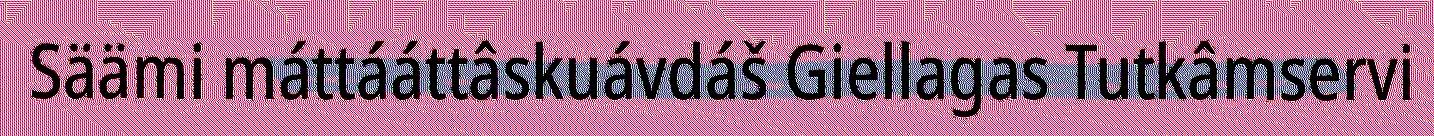
Säämi máttááttâskuávdáš Giellagas Tutkâmservi